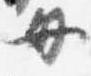
母